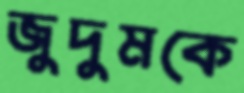
জুদুমকে